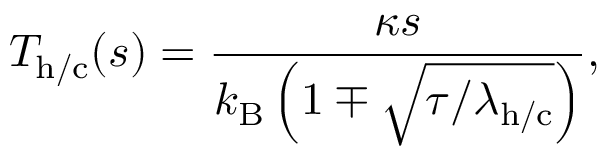
T _ { \mathrm { h / c } } ( s ) = \frac { \kappa s } { k _ { \mathrm { B } } \left( 1 \mp \sqrt { \tau / \lambda _ { \mathrm { h / c } } } \right) } ,